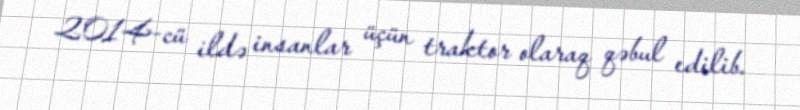
2014-cü ildə insanlar üçün traktor olaraq qəbul edilib.